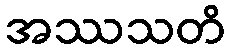
အဿသတိ